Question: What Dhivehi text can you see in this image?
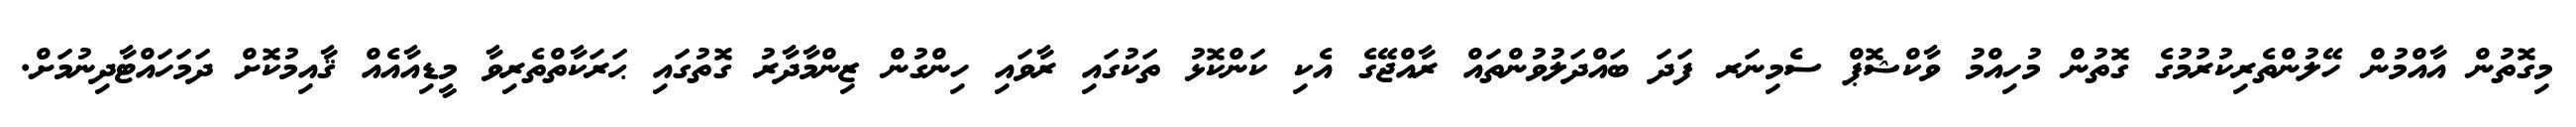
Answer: މިގޮތުން އާއްމުން ހޭލުންތެރިކުރުމުގެ ގޮތުން މުހިއްމު ވާކްޝޮޕް ސެމިނަރ ފަދަ ބައްދަލުވުންތައް ރާއްޖޭގެ އެކި ކަންކޮޅު ތަކުގައި ރާވައި ހިންގުން ޒިންމާދާރު ގޮތުގައި ޙަރަކާތްތެރިވާ މީޑިއާއެއް ޤާއިމުކޮށް ދަމަހައްޓާދިނުމަށް.